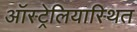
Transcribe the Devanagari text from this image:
ऑस्ट्रेलियास्थित